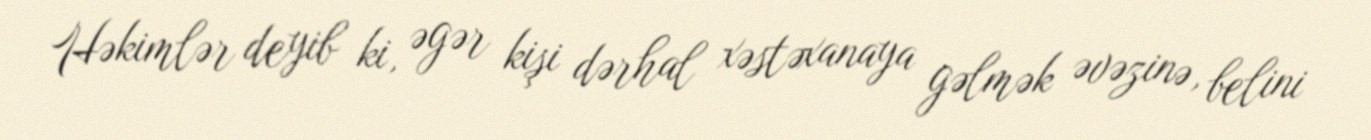
Həkimlər deyib ki, əgər kişi dərhal xəstəxanaya gəlmək əvəzinə, belini